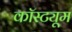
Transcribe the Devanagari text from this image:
कॉस्‍ट्यूम